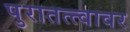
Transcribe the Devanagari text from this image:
पुरातत्त्वावर